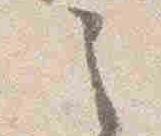
之